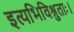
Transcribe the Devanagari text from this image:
इत्यभिविश्रुताः।